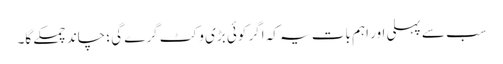
سب سے پہلی اور اہم بات یہ کہ اگر کوئی بڑی وکٹ گرے گی ؛ چاند چمکے گا۔